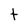
Character: t